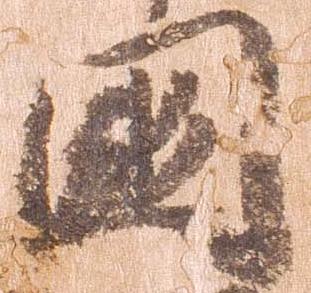
国